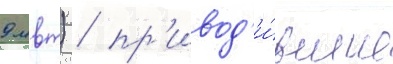
9 мвт) / пр'ивод'и́вшие